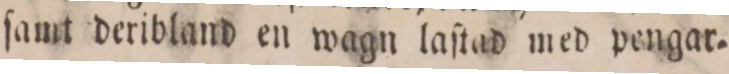
ſamt deribland en wagn laſtad med pengar.